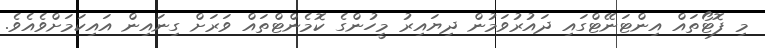
މި ފޮޓޯތައް އިންޓަނޭޓްގައި ދައުރުވަމުން ދިޔައިރު މީހުންގެ ކޮމެންޓްތައް ވަރަށް ގިނައިން އައިކަަމަށްވެއެވެ.